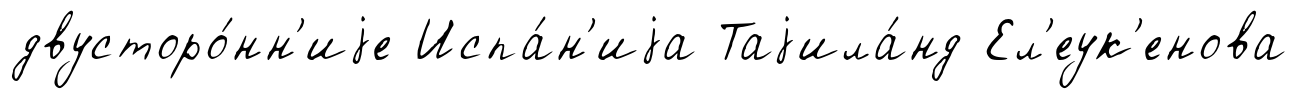
двусторо́нн'иjе Испа́н'иjа Таjила́нд Ел'еук'енова